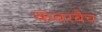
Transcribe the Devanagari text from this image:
कंबरबैच